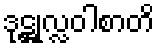
ဒုဋ္ဌုလ္လဝါစာတိ